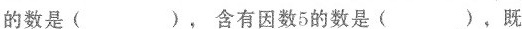
的数是（），含有因数5的数是（），既